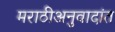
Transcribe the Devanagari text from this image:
मराठीअनुवादांत